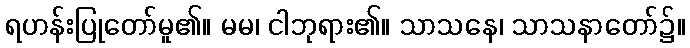
ရဟန်းပြုတော်မူ၏။ မမ၊ ငါဘုရား၏။ သာသနေ၊ သာသနာတော်၌။